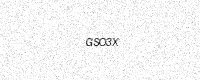
Text: GSO3X